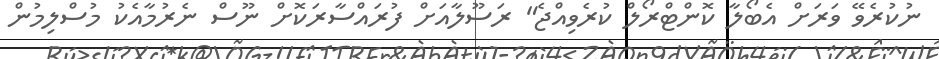
ނުކުރެވޭ ވަރަށް އެބޯލާ ކޮންޓްރޯލް ކުރެވިއްޖެ" ރަސޫލާއަށް ފުރައްސާރަކޮށް ނޫސް ނެރުމާއެކު މުސްލިމުން